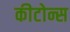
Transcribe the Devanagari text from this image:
कीटोन्स